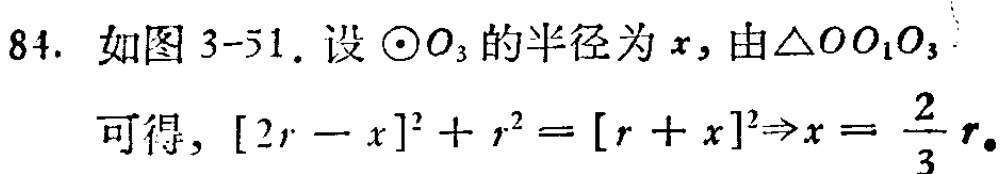
84. 如图 3-51. 设 $\odot O_{3}$ 的半径为 $x$, 由 $\triangle OO_{1}O_{3}$
可得, $[2r - x]^2 + r^2 = [r + x]^2\Rightarrow x = \frac{2}{3}r$.